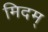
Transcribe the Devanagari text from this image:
मिदम्